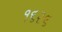
૧૬૨૬